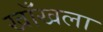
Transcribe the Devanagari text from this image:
खाँखला